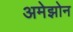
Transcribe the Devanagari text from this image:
अमेझोन